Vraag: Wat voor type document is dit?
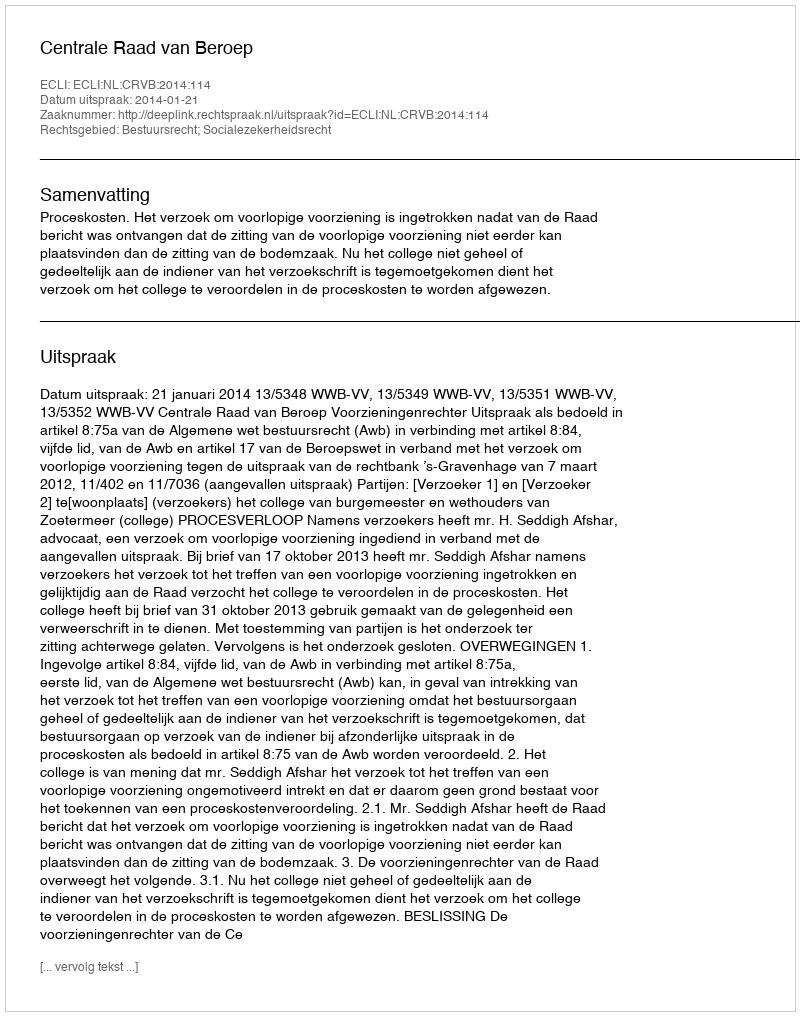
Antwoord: Uitspraak